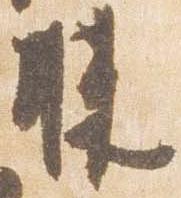
膝